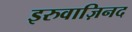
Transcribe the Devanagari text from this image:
इरुवाज़िनद